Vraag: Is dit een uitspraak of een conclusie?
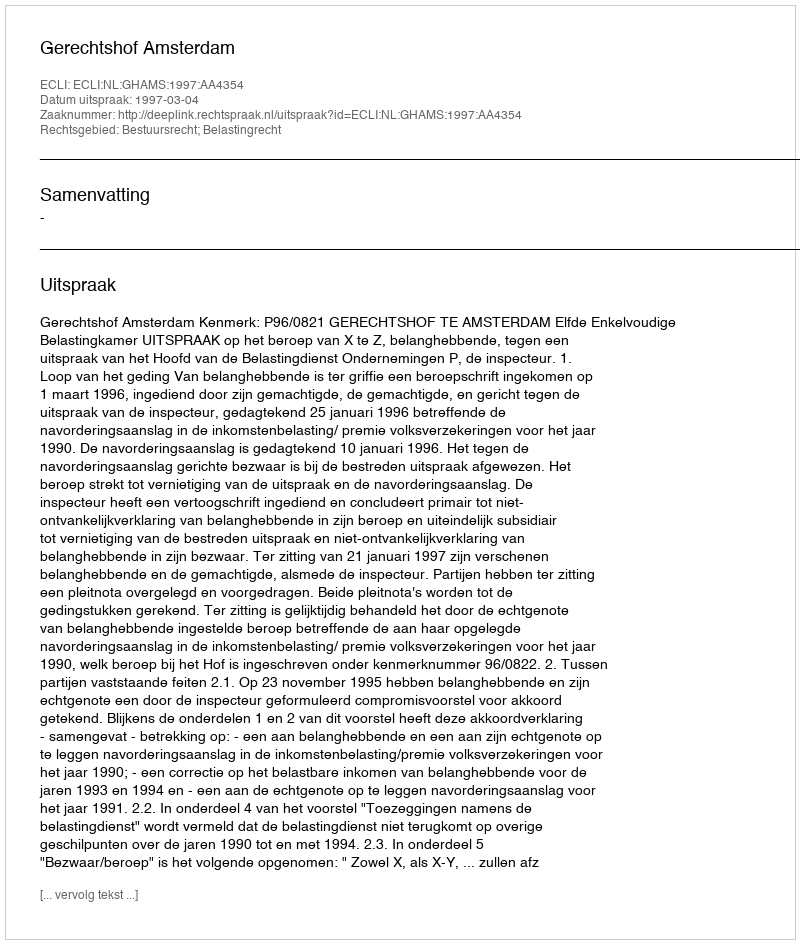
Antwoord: Uitspraak